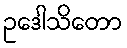
ဥဒေါသိတော